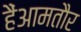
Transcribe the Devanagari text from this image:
हैंआमतौर